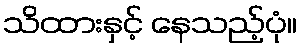
သိထားနှင့် နေသည့်ပုံ။